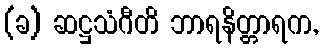
(ခ) ဆဋ္ဌသံဂီတိ ဘာရနိတ္တာရက,